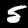
Digit: 5